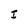
Character: I